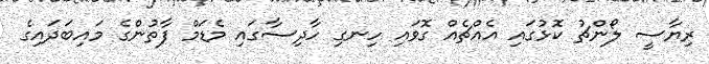
ރިޔާސީ ލޯންޗު ކޮޅުގައި އެއްޗެއް ގޮވައި ހިނގި ހާދިސާގައި މެޑަމް ފާތުންގެ މައިބަދައިގެ